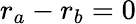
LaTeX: r_{a}-r_{b}=0